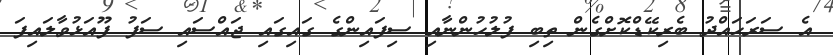
އެ ސަރަހައްދު ބެރިކޭޑްކޮށްގެން ތިބި ފުލުހުންނާއި ސިފައިންގެ ގައިގައި ޖައްސައި ސަފު ފޫއަޅުވާލައިފަ